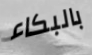
بالبكاء